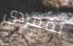
بمفردى